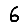
Digit: 6